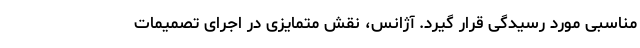
مناسبی مورد رسیدگی قرار گیرد. آژانس، نقش متمایزی در اجرای تصمیمات